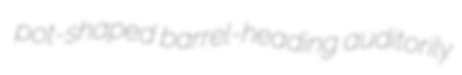
pot-shaped barrel-heading auditorily